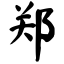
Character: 郑